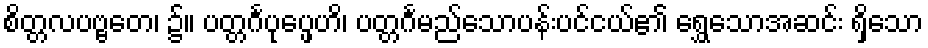
စိတ္တလပဗ္ဗတေ၊ ၌။ ပတ္တင်္ဂပုပ္ဖေဟိ၊ ပတ္တင်္ဂမည်သောပန်းပင်ငယ်၏ ရွှေသောအဆင်း ရှိသော